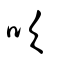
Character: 吹